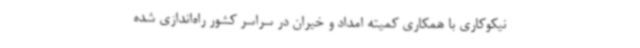
نیکوکاری با همکاری کمیته امداد و خیران در سراسر کشور راه‌اندازی شده